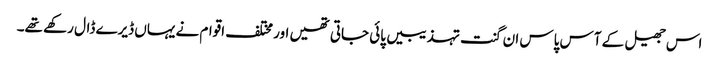
اس جھیل کے آس پاس ان گنت تہذیبیں پائی جاتی تھیں اور مختلف اقوام نے یہاں ڈیرے ڈال رکھے تھے۔